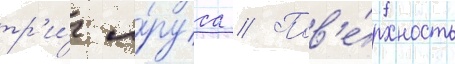
тр'и́ я́руса // Пов'е́рхность